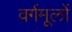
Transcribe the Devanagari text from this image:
वर्गमूलों